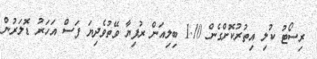
ރިސޯޓު ކުލި އިތުރުކޮށްގެން 1.10 ބިލިއަން ރުފިޔާ ވޭތުވެދިޔަ ފަސް އަހަރު ޑޮލަރުން